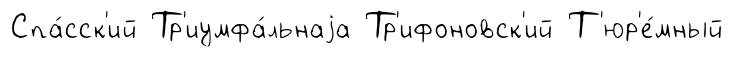
Спа́сск'ий Тр'иумфа́льнаjа Тр'ифоновск'ий Т'юр'е́мный